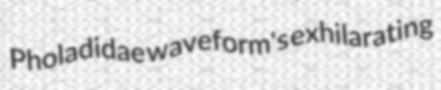
Pholadidae waveform's exhilarating